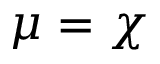
\mu = \chi